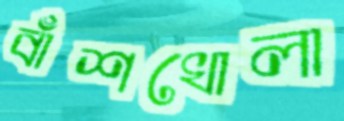
বাঁশখোলা